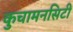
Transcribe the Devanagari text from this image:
कुचामनसिटी